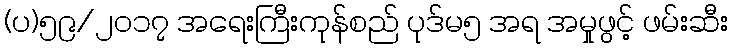
(ပ)၅၉/၂၀၁၇ အရေးကြီးကုန်စည် ပုဒ်မ၅ အရ အမှုဖွင့် ဖမ်းဆီး